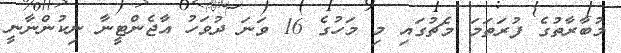
މުބާރާތުގެ ފުރަތަމަ މެޗުގައި މި މަހުގެ 16 ވަނަ ދުވަހު އާޖެންޓީނާ ނިކުންނާނީ